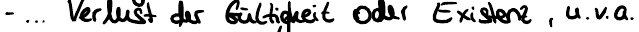
- ... Verlust der Gültigkeit oder Existenz, u.v.a.